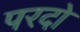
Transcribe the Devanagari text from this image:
परदो